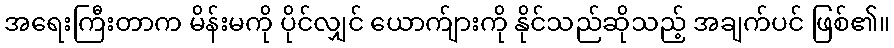
အရေးကြီးတာက မိန်းမကို ပိုင်လျှင် ယောက်ျားကို နိုင်သည်ဆိုသည့် အချက်ပင် ဖြစ်၏။